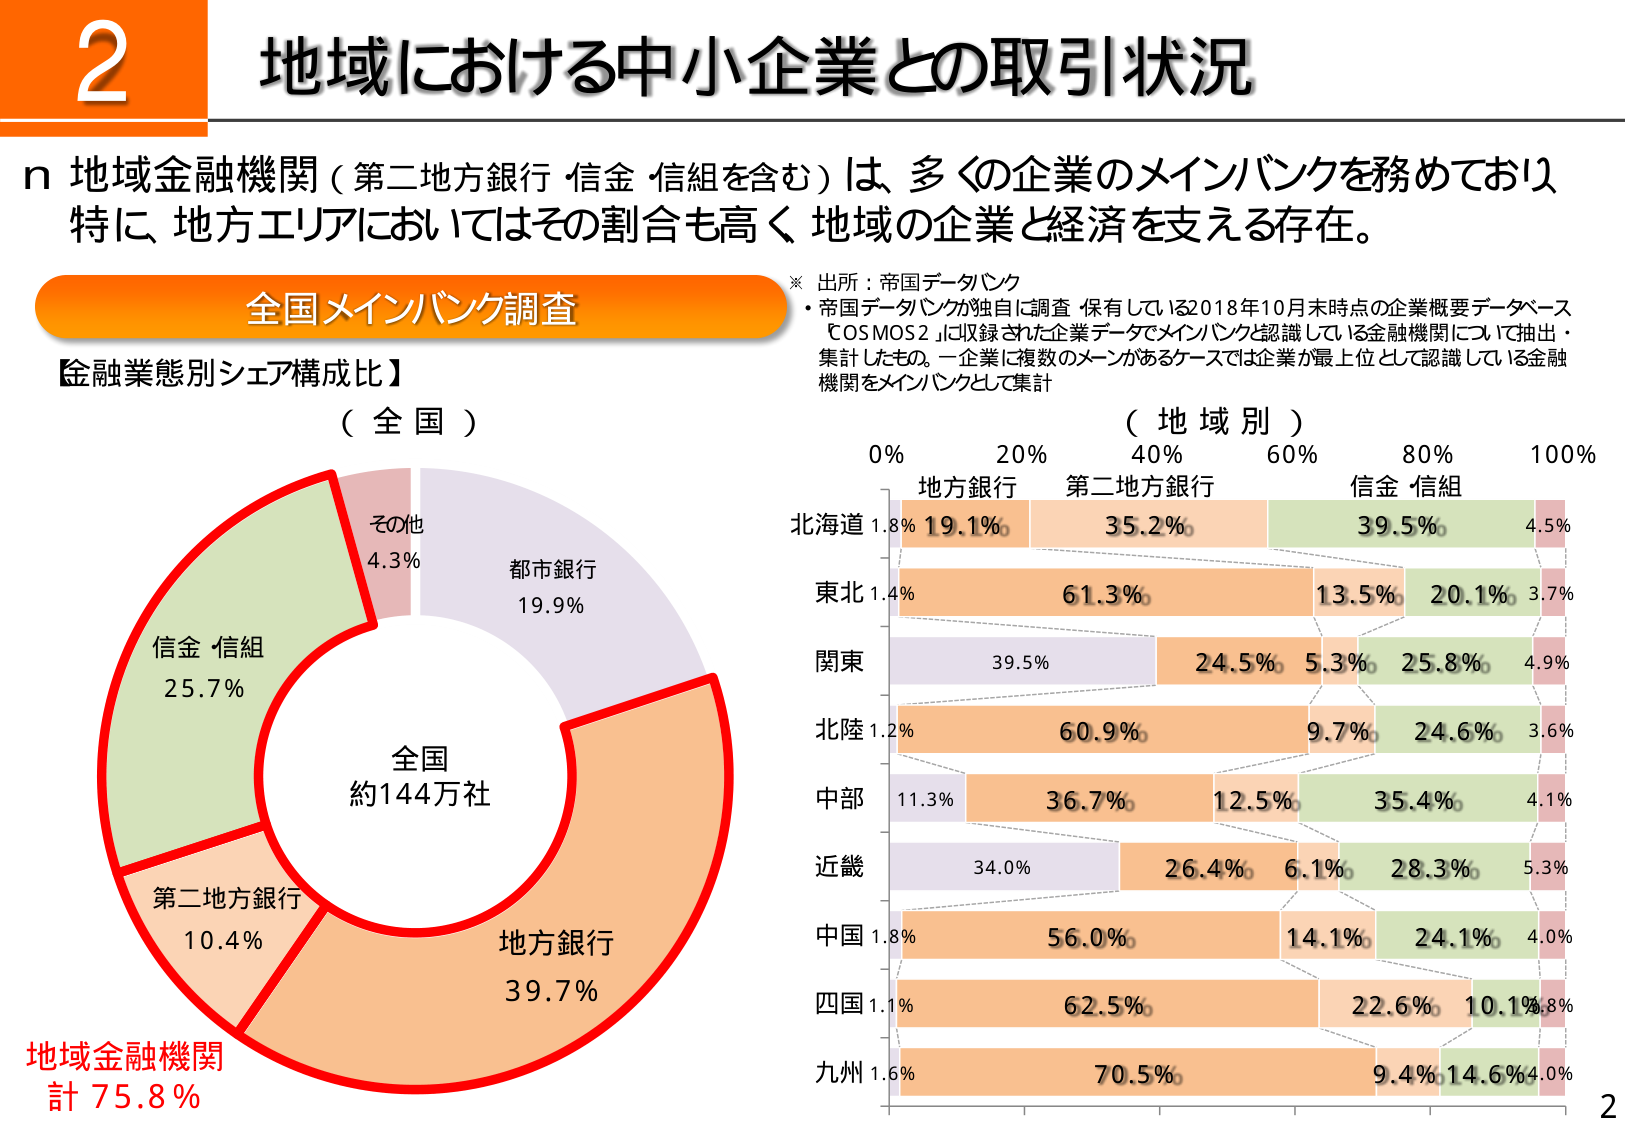
2
地域における中小企業との取引状況

地域金融機関（第二地方銀行・信金・信組を含む）は、多くの企業のメインバンクを務めており、
特に、地方エリアにおいてはその割合も高く、地域の企業と経済を支える存在。

※ 出所：帝国データバンク
・帝国データバンクが独自に調査・保有している2018年10月末時点の企業概要データベース
「COSMOS2」に収録された企業データでメインバンクと認識している金融機関について抽出・
集計したもの。一企業に複数のメインがあるケースでは企業が最上位として認識している金融
機関をメインバンクとして集計

全国メインバンク調査

【金融業態別シェア構成比】
（全国）

その他 4.3%
都市銀行 19.9%
信金・信組 25.7%
第二地方銀行 10.4%
地方銀行 39.7%
全国 約144万社

地域金融機関
計 75.8%

（地域別）
0% 20% 40% 60% 80% 100%
地方銀行 第二地方銀行 信金・信組

北海道 1.8% 19.1% 35.2% 39.5% 4.5%
東北 1.4% 61.3% 13.5% 20.1% 3.7%
関東 39.5% 24.5% 5.3% 25.8% 4.9%
北陸 1.2% 60.9% 9.7% 24.6% 3.6%
中部 11.3% 36.7% 12.5% 35.4% 4.1%
近畿 34.0% 26.4% 6.1% 28.3% 5.3%
中国 1.8% 56.0% 14.1% 24.1% 4.0%
四国 1.1% 62.5% 22.6% 10.1% 3.8%
九州 1.6% 70.5% 9.4% 14.6% 4.0%

2